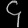
Digit: ၄